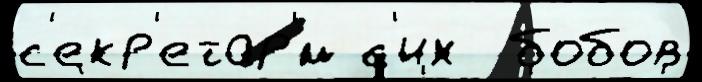
с'екр'етар'́м с'их  бобов